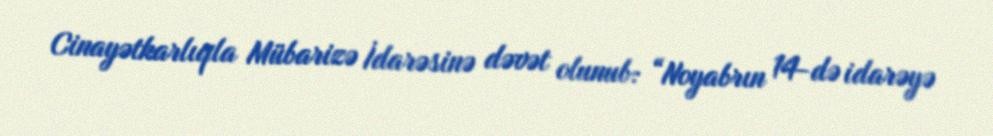
Cinayətkarlıqla Mübarizə İdarəsinə dəvət olunub: “Noyabrın 14-də idarəyə